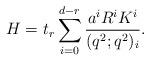
LaTeX: \begin{align*}H = t_r \sum_{i=0}^{d-r} \frac{a^i R^i K^i}{(q^2;q^2)_i}.\end{align*}